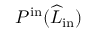
P ^ { \mathrm { i n } } ( \widehat { L } _ { \mathrm { i n } } )